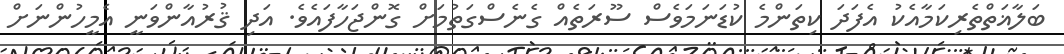
ބަލާޣަތްތެރިކަމާއެކު އެފަދަ ކިތަންމެ ކުޑަނަމަވެސް ސޫރަތެއް ގެނެސްގަތުމަށް ގޮންޖަހާފައެވެ. އަދި ޤުރުއާންވަނީ އެމީހުންނަށް